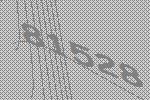
81528